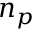
n _ { p }